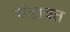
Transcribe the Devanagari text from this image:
चंडावत